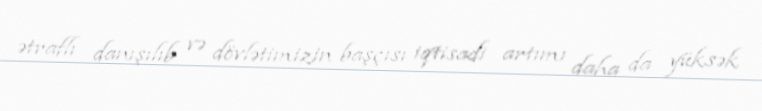
ətraflı danışılıb və dövlətimizin başçısı iqtisadi artımı daha da yüksək